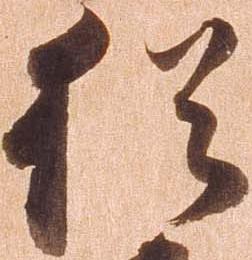
猶